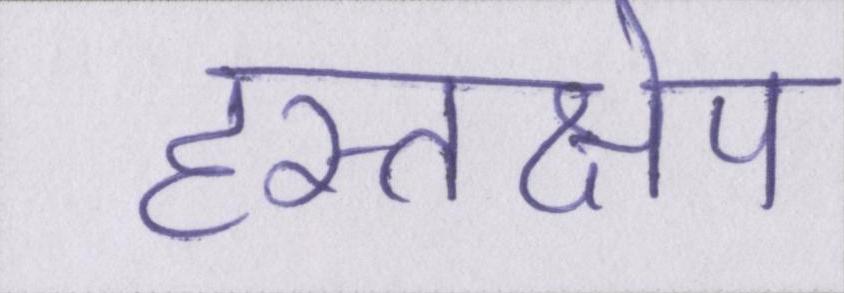
हस्तक्षेप